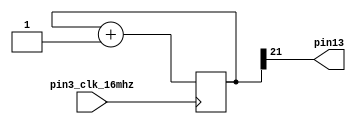
// This program was cloned from: https://github.com/FPGAwars/apio-examples
// License: GNU General Public License v2.0

//-- Hello world example for the TinyFPGA_B2 board
//-- It just blinks the led conected to the pin13
module TinyFPGA_B (
    input pin3_clk_16mhz,
    output pin13);

//-- Modify this value for changing the blink frequency
localparam N = 21;  //-- N<=21 Fast, N>=23 Slow

reg [N:0] counter;
always @(posedge pin3_clk_16mhz)
  counter <= counter + 1;

assign pin13 = counter[N];

endmodule